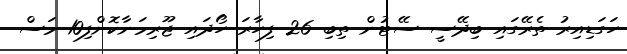
ހަގަޑިއިރު ތެރޭގައި ބިދޭސީ ސޭޓުން ތިބި 26 ފިހާރަ ހޯދައި ޖޫރިމަނާކޮށްފި10 މަސް